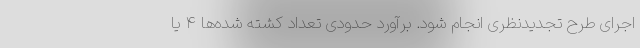
اجرای طرح تجدیدنظری انجام شود. برآورد حدودی تعداد کشته شده‌ها ۴ یا